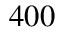
4 0 0